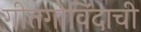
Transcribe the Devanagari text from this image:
गीतगोविंदाची